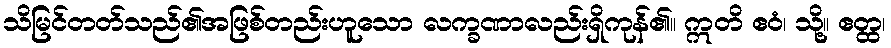
သိမြင်တတ်သည်၏အဖြစ်တည်းဟူသော လက္ခဏာလည်းရှိကုန်၏။ ဣတိ ဧဝံ၊ သို့။ ဧတ္ထ၊